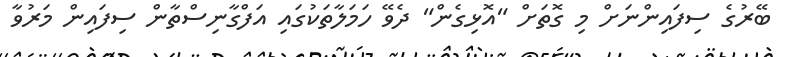
ބޭރުގެ ސިފައިންނަށް މި ގޮތަށް "އޮޅިގެން" ދެވޭ ހަމަލާތަކުގައި އަފްގާނިސްތާން ސިފައިން މަރުވާ